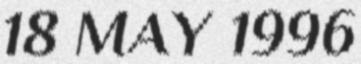
18 MAY 1996